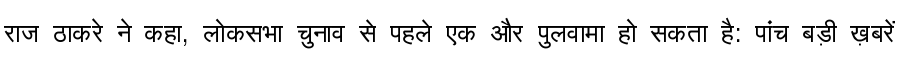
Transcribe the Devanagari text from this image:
राज ठाकरे ने कहा, लोकसभा चुनाव से पहले एक और पुलवामा हो सकता है: पांच बड़ी ख़बरें